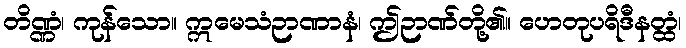
တိဏ္ဏံ၊ ကုန်သော။ ဣမေသံဉာဏာနံ၊ ဤဉာဏ်တို့၏။ ဟေတုပရိဒီနတ္ထံ၊